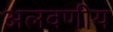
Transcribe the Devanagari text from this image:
अलवणीय